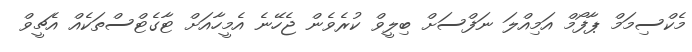
މެކްސިމަމް ޕާފޯމް އަމިއްލަ ނަފްސަށް ބިލީވް ކުރެވެން ޖެހޭނެ އެމީހާއަށް ޓާގެޓްސްތަކެއް އެޗީވް